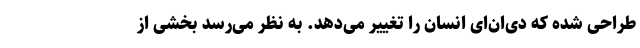
طراحی شده که دی‌ان‌ای انسان را تغییر می‌دهد. به نظر می‌رسد بخشی از